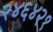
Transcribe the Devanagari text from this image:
२४६४२१